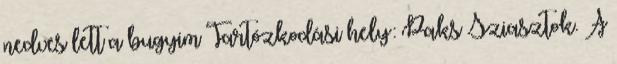
nedves lett a bugyim Tartózkodási hely: Paks Sziasztok. A